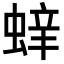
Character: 𮔝